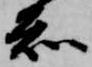
知